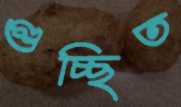
গুচ্ছিত